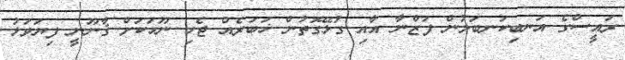
ރައީސްގެ އަނބިކަނބަލުން ފަޒްނާ އާއި ގުޅޭގޮތުން ޚަބަރެއް ޖެހި ނޫހަކަށް ޤާނޫނީ ފިޔަވަޅު